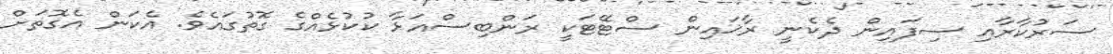
ސަރުކާރާއި ސިފައިން ދެކެނީ ރާޚައިން ސްޓޭޓަކީ ރަންބިސްއަޅާ ކުކުޅެއްގެ ގޮތުގައެވެ. އެކަން އެގޮތަށް